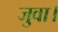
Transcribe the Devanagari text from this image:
जुवा।